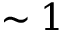
\sim 1